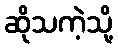
ဆိုသကဲ့သို့